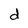
Character: d